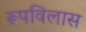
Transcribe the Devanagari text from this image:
रूपविलास